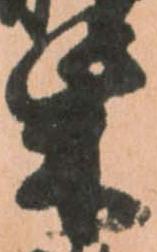
柴